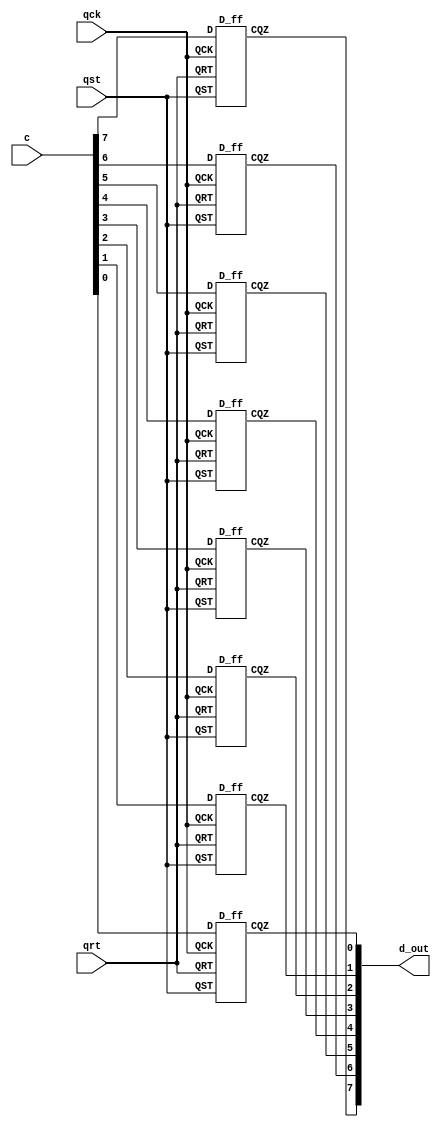

module lut4_8ffs(qck, qst, qrt,c, d_out);
   // Port Declaration
   input   qck;
   input [0:7]c;
   input   qst,qrt;
   output  [0:7]d_out;
   
genvar i; 
generate for (i = 0; i < 8; i = i + 1) begin :abc
   D_ff dut(.D(c[i]),.QCK(qck),.QRT(qrt),.QST(qst),.CQZ(d_out[i]));
   
end
endgenerate 
endmodule


module D_ff(input QCK,QRT,QST,D, output reg CQZ);

always @ (posedge QCK or posedge QST or posedge QRT)

begin
if (QST)
	CQZ <= 1'b1;
else if(QRT)
	CQZ <= 1'b1;
else
CQZ <= D;
end
endmodule